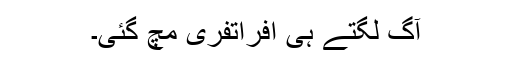
آگ لگتے ہی افراتفری مچ گئی۔